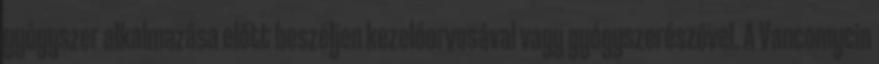
gyógyszer alkalmazása előtt beszéljen kezelőorvosával vagy gyógyszerészével. A Vancomycin